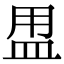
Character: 𥁎